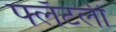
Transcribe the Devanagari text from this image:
फ्लॅटली